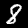
Digit: 8